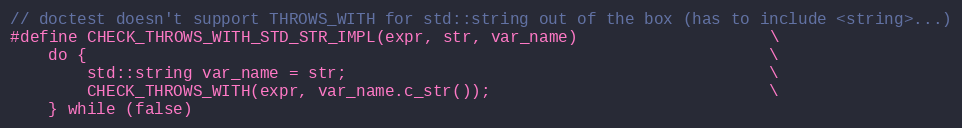
Language: C
// doctest doesn't support THROWS_WITH for std::string out of the box (has to include <string>...)
#define CHECK_THROWS_WITH_STD_STR_IMPL(expr, str, var_name)                    \
    do {                                                                       \
        std::string var_name = str;                                            \
        CHECK_THROWS_WITH(expr, var_name.c_str());                             \
    } while (false)